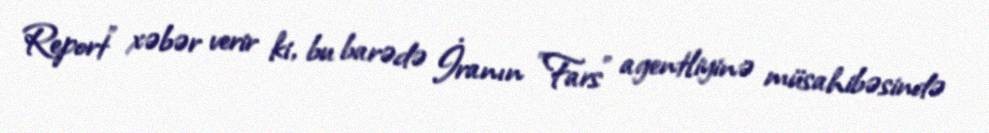
Report" xəbər verir ki, bu barədə İranın "Fars" agentliyinə müsahibəsində